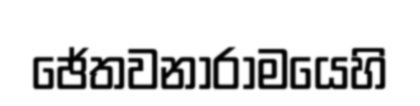
ඡේතවනාරාමයෙහි